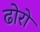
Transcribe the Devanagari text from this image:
ढोरो